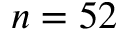
n = 5 2